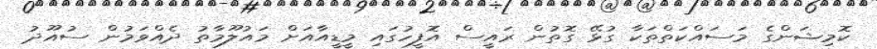
ކޮމިޝަންގެ މަސައްކަތްތަކާ ގުޅޭ ގޮތުން ރައީސް އޮފީހުގައި މީޑީއާއަށް މައުލޫމާތު ދެއްވަމުން ސުއޫދު